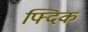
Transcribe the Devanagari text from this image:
फ्दिक